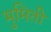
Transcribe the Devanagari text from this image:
भुमिती